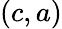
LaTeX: (c,a)